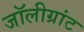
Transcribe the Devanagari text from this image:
जॉलीग्रांट